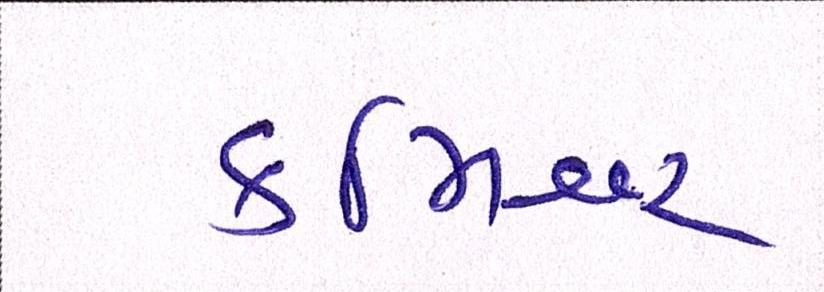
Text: કમિશ્નર